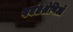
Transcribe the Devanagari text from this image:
पर्वतश्रेणिओं